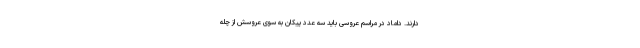
دارند. داماد در مراسم عروسی باید سه عدد پیکان به سوی عروسش از چله